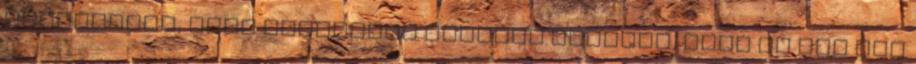
bizonyítja, hogy Isztambul annyira sokféle, mint az itt élő